Scottish Certificate of Education, 1963
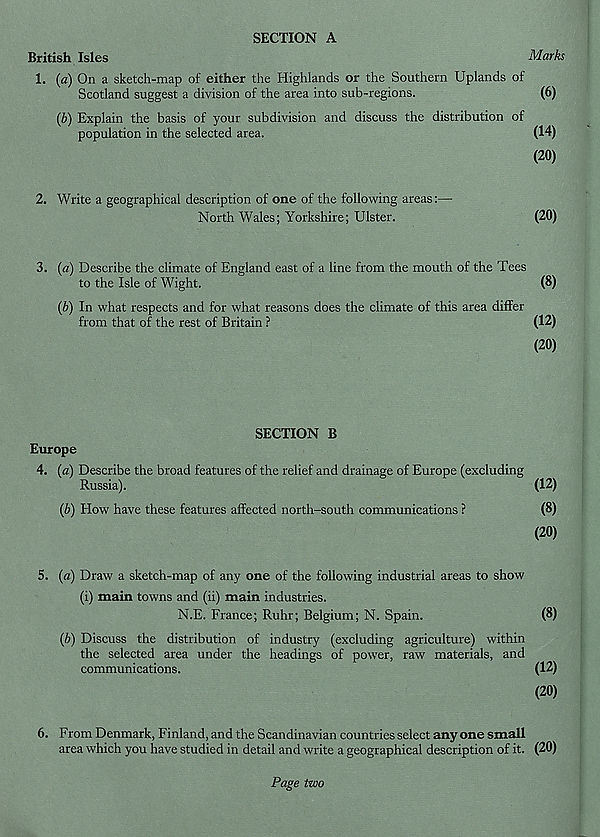
SECTION A
British Isles
Marks
1. (a) On a sketch-map of either the Highlands or the Southern Uplands of
Scotland suggest a division of the area into sub-regions.
(6)
(b) Explain the basis of your subdivision and discuss the distribution of
population in the selected area.
(14)
(20)
2. Write a geographical description of one of the following areas:—
North Wales; Yorkshire; Ulster.
(20)
3. (a) Describe the climate of England east of a line from the mouth of the Tees
to the Isle of Wight.
(8)
(6) In what respects and for what reasons does the climate of this area differ
from that of the rest of Britain ?
(12)
(20)
SECTION B
Europe
4. (a) Describe the broad features of the relief and drainage of Europe (excluding
Russia).
(12)
{b) How have these features affected north-south communications ?
(8)
(20)
5. (a) Draw a sketch-map of any one of the following industrial areas to show
(i) main towns and (ii) main industries.
N.E. France; Ruhr; Belgium; N. Spain.
(8)
{b) Discuss the distribution of industry (excluding agriculture) within
the selected area under the headings of power, raw materials, and
communications.
(12)
(20)
6. From Denmark, Finland, and the Scandinavian countries select any one small
area which you have studied in detail and write a geographical description of it. (20)
Page two